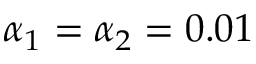
\alpha _ { 1 } = \alpha _ { 2 } = 0 . 0 1